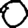
Digit: 0